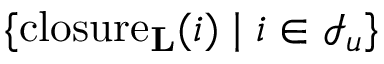
\{ \mathrm { c l o s u r e } _ { \mathbf { L } } ( i ) \mid i \in \mathcal { I } _ { u } \}